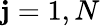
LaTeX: \mathbf{j}=1,N